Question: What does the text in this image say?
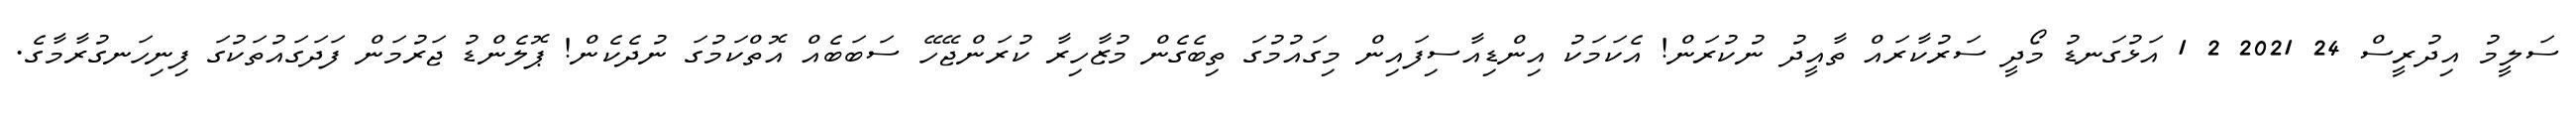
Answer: ސަލީމު އިދުރީސް 24 2021 2 1 އަޅުގަނޑު މޯދީ ސަރުކާރައް ތާއީދު ނުކުރަން! އެކަމަކު އިންޑިއާސިފައިން މިގައުމުގަ ތިބެގެން މުޒާހިރާ ކުރަންޖޭހޭ ސަބަބެއް އޮތްކަމުގަ ނުދެކެން! ޕޮލެންޑު ޖަރުމަން ފަދަގައުތަކުގަ ފިނިހަނގުރާމާގެ.